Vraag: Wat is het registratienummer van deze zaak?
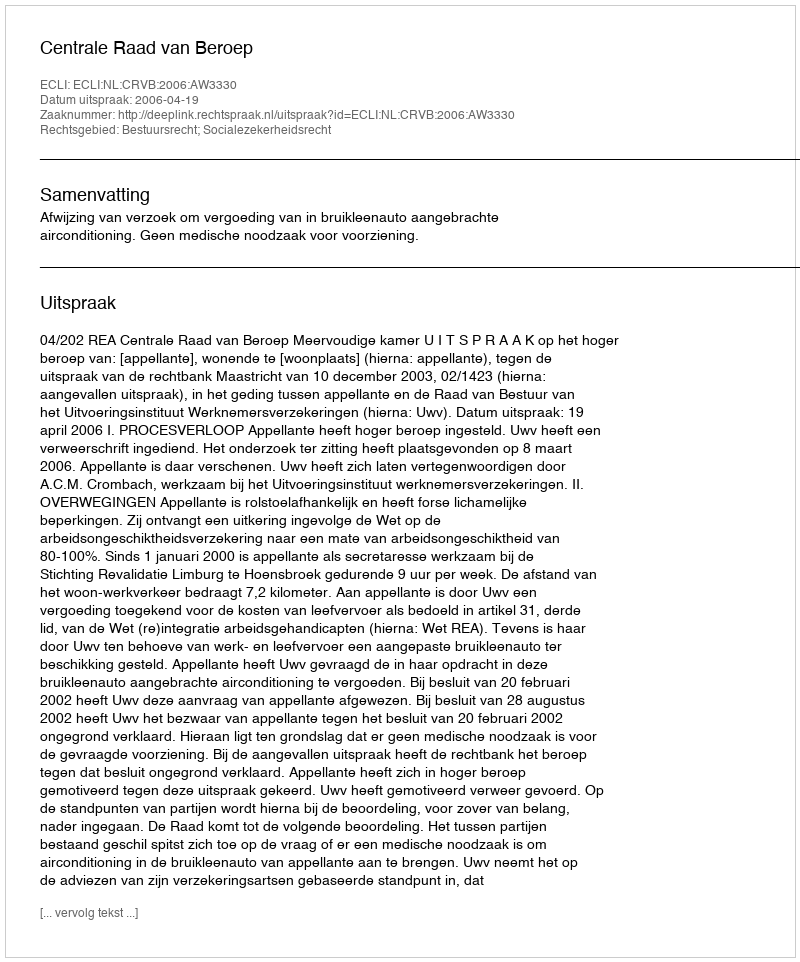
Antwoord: http://deeplink.rechtspraak.nl/uitspraak?id=ECLI:NL:CRVB:2006:AW3330